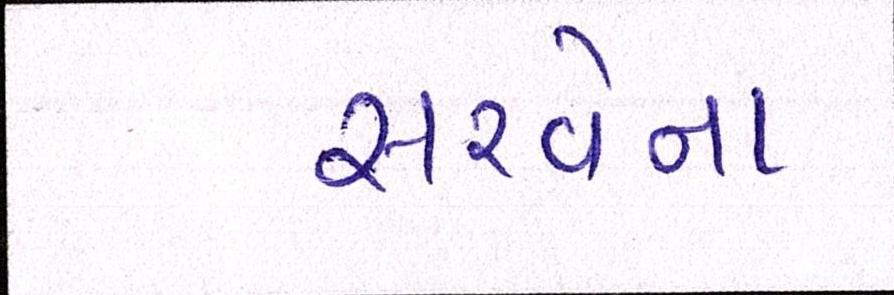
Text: સરવેના